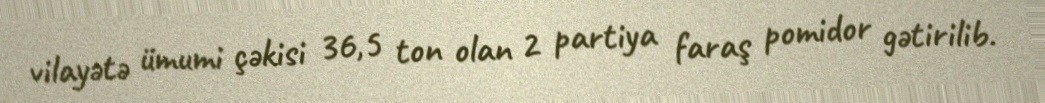
vilayətə ümumi çəkisi 36,5 ton olan 2 partiya faraş pomidor gətirilib.